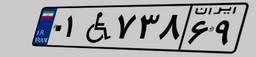
۶۱W۶۲۱۶۱